Source: Handwritten
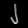
Digit: ၂ (2)